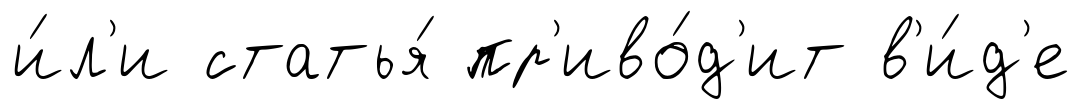
и́л'и статья́ пр'иво́д'ит в'и́д'е